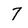
Character: 7